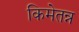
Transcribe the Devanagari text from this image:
किमेतन्न